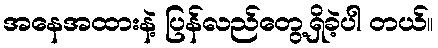
အနေအထားနဲ့ ပြန်လည်တွေ့ရှိခဲ့ပါ တယ်။